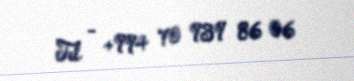
Tel - +994 70 939 86 06